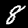
Label: 8